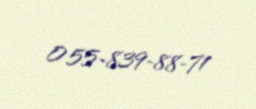
055-839-88-71